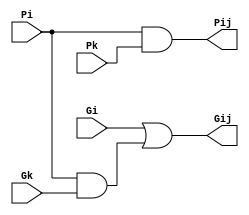
module M_black_ball (Gi,Pi,Gk,Pk,Gij,Pij);
input Gi,Pi,Gk,Pk;
output Gij,Pij;
wire a; 
and m1 (a,Pi,Gk);
and m2 (Pij,Pi,Pk);
or m3 (Gij,Gi,a);
endmodule